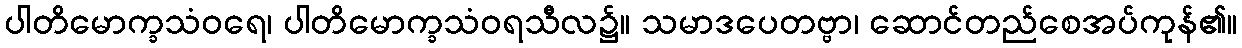
ပါတိမောက္ခသံဝရေ၊ ပါတိမောက္ခသံဝရသီလ၌။ သမာဒပေတဗ္ဗာ၊ ဆောင်တည်စေအပ်ကုန်၏။